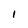
Character: l